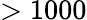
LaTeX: >1000